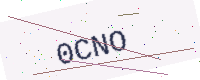
Text: 0CNO